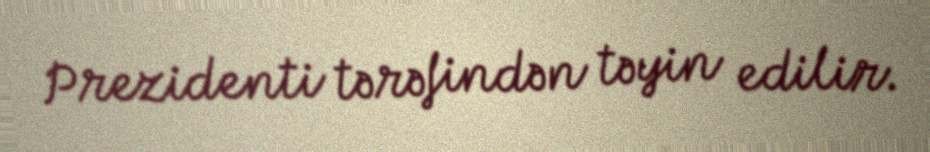
Prezidenti tərəfindən təyin edilir.